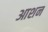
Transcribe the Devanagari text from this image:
आशन